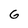
Character: G